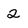
Character: 2